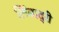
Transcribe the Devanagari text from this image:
लिंबाद्री